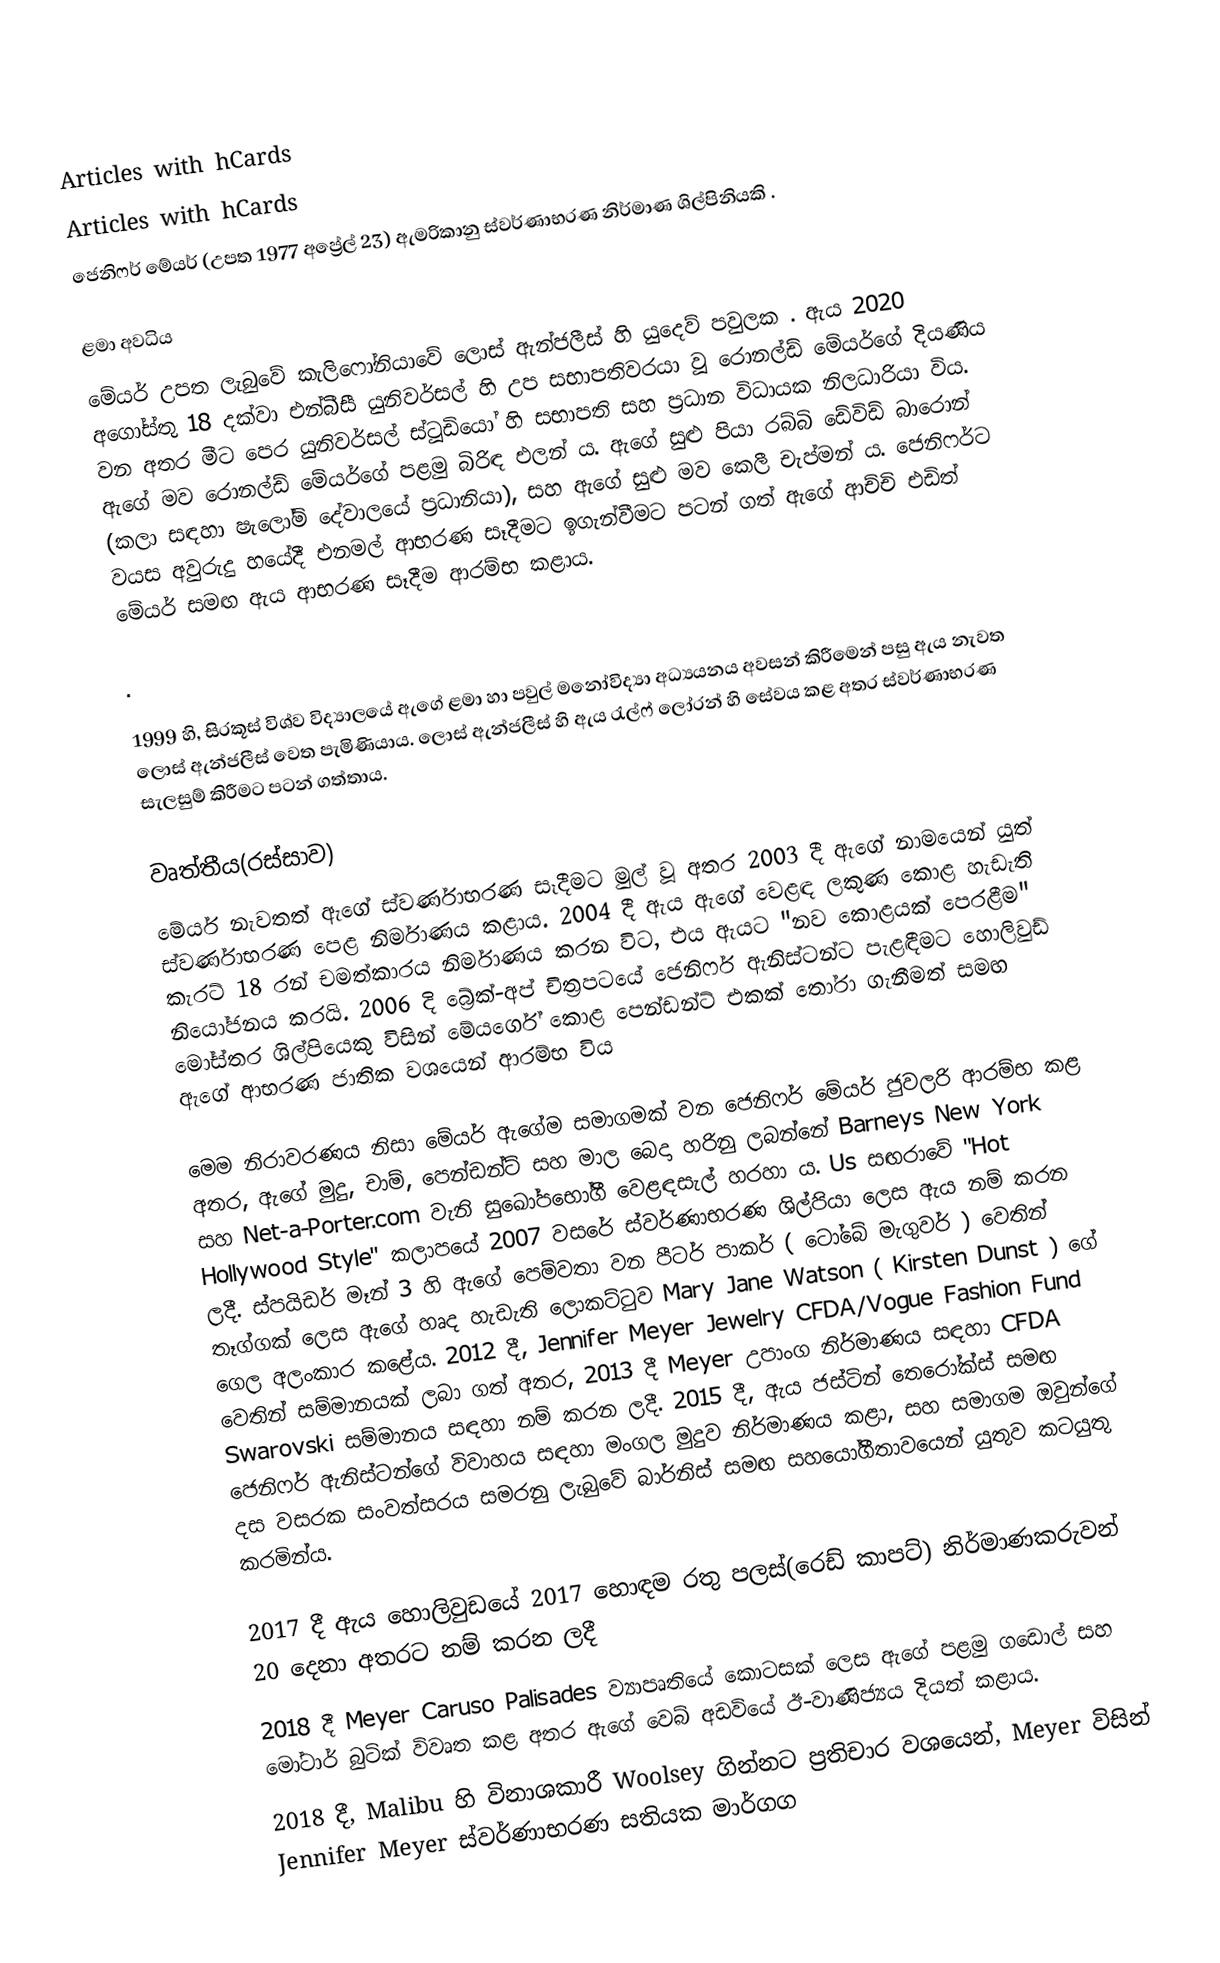
Articles with hCards
Articles with hCards
ජෙනිෆර් මේයර් (උපත 1977 අප්‍රේල් 23) ඇමරිකානු ස්වර්ණාභරණ නිර්මාණ ශිල්පිනියකි .

ළමා අවධිය
මේයර් උපත ලැබුවේ කැලිෆෝනියාවේ ලොස් ඇන්ජලීස් හි යුදෙව් පවුලක  . ඇය 2020 අගෝස්තු 18 දක්වා එන්බීසී යුනිවර්සල් හි උප සභාපතිවරයා වූ රොනල්ඩ් මේයර්ගේ දියණිය වන අතර මීට පෙර යුනිවර්සල් ස්ටූඩියෝ හි සභාපති සහ ප්‍රධාන විධායක නිලධාරියා විය.  ඇගේ මව රොනල්ඩ් මේයර්ගේ පළමු බිරිඳ එලන් ය.  ඇගේ සුළු පියා රබ්බි ඩේවිඩ් බාරොන් (කලා සඳහා ෂැලෝම් දේවාලයේ ප්‍රධානියා),  සහ ඇගේ සුළු මව කෙලී චැප්මන් ය. ජෙනිෆර්ට වයස අවුරුදු හයේදී එනමල් ආභරණ සෑදීමට ඉගැන්වීමට පටන් ගත් ඇගේ ආච්චි එඩිත් මේයර් සමඟ ඇය ආභරණ සෑදීම ආරම්භ කළාය.

.

1999 හි, සිරකූස් විශ්ව විද්‍යාලයේ ඇගේ ළමා හා පවුල් මනෝවිද්‍යා අධ්‍යයනය අවසන් කිරීමෙන් පසු ඇය නැවත ලොස් ඇන්ජලීස් වෙත පැමිණියාය. ලොස් ඇන්ජලීස් හි ඇය රැල්ෆ් ලෝරන් හි සේවය කළ අතර ස්වර්ණාභරණ සැලසුම් කිරීමට පටන් ගත්තාය.

වෘත්තීය(රස්සාව)
මේයර් නැවතත් ඇගේ ස්වර්ණාභරණ සෑදීමට මුල් වූ අතර 2003 දී ඇගේ නාමයෙන් යුත් ස්වර්ණාභරණ පෙළ නිර්මාණය කළාය. 2004 දී ඇය ඇගේ වෙළඳ ලකුණ කොළ හැඩැති කැරට් 18 රන් චමත්කාරය නිර්මාණය කරන විට, එය ඇයට "නව කොළයක් පෙරළීම" නියෝජනය කරයි.  2006 දි බ්‍රේක්-අප් චිත්‍රපටයේ ජෙනිෆර් ඇනිස්ටන්ට පැළඳීමට හොලිවුඩ් මෝස්තර ශිල්පියෙකු විසින් මේයර්ගේ කොළ පෙන්ඩන්ට් එකක් තෝරා ගැනීමත් සමඟ ඇගේ ආභරණ ජාතික වශයෙන් ආරම්භ විය

මෙම නිරාවරණය නිසා මේයර් ඇගේම සමාගමක් වන ජෙනිෆර් මේයර් ජුවලරි ආරම්භ කළ අතර, ඇගේ මුදු, චාම්, පෙන්ඩන්ට් සහ මාල බෙදා හරිනු ලබන්නේ Barneys New York සහ Net-a-Porter.com වැනි සුඛෝපභෝගී වෙළඳසැල් හරහා ය.  Us සඟරාවේ "Hot Hollywood Style" කලාපයේ 2007 වසරේ ස්වර්ණාභරණ ශිල්පියා ලෙස ඇය නම් කරන ලදී.  ස්පයිඩර් මෑන් 3 හි ඇගේ පෙම්වතා වන පීටර් පාකර් ( ටෝබේ මැගුවර් ) වෙතින් තෑග්ගක් ලෙස ඇගේ හෘද හැඩැති ලොකට්ටුව Mary Jane Watson ( Kirsten Dunst ) ගේ ගෙල අලංකාර කළේය.  2012 දී, Jennifer Meyer Jewelry CFDA/Vogue Fashion Fund වෙතින් සම්මානයක් ලබා ගත් අතර,   2013 දී Meyer උපාංග නිර්මාණය සඳහා CFDA Swarovski සම්මානය සඳහා නම් කරන ලදී.   2015 දී, ඇය ජස්ටින් තෙරෝක්ස් සමඟ ජෙනිෆර් ඇනිස්ටන්ගේ විවාහය සඳහා මංගල මුදුව නිර්මාණය කළා, සහ සමාගම ඔවුන්ගේ දස වසරක සංවත්සරය සමරනු ලැබුවේ බාර්නිස් සමඟ සහයෝගීතාවයෙන් යුතුව කටයුතු කරමින්ය.

 2017 දී ඇය හොලිවුඩයේ 2017 හොඳම රතු පලස්(රෙඩ් කාපට්) නිර්මාණකරුවන් 20 දෙනා අතරට නම් කරන ලදී
 2018 දී Meyer Caruso Palisades ව්‍යාපෘතියේ කොටසක් ලෙස ඇගේ පළමු ගඩොල් සහ මෝටාර් බුටික් විවෘත කළ අතර ඇගේ වෙබ් අඩවියේ ඊ-වාණිජ්‍යය දියත් කළාය.
 2018 දී, Malibu හි විනාශකාරී Woolsey ගින්නට ප්‍රතිචාර වශයෙන්, Meyer විසින් Jennifer Meyer ස්වර්ණාභරණ සතියක මාර්ගග